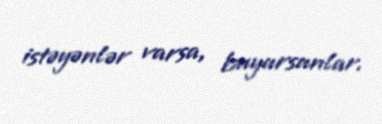
istəyənlər varsa, buyursunlar.